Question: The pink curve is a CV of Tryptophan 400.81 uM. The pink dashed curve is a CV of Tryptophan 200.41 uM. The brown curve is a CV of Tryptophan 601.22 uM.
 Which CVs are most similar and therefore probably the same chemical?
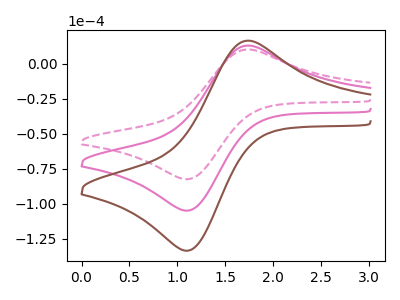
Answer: <think>The pink curve "Tryptophan 400.81 uM" has an anodic peak at (1.75V, 12.95uA) and a cathodic peak at (1.10V, -105.05uA). The pink dashed curve "Tryptophan 200.41 uM" has an anodic peak at (1.75V, 10.15uA) and a cathodic peak at (1.10V, -82.55uA). The brown curve "Tryptophan 601.22 uM" has an anodic peak at (1.75V, 25.90uA) and a cathodic peak at (1.10V, -210.10uA).
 All the peaks in "Tryptophan 400.81 uM" have a peak in "Tryptophan 200.41 uM" at the same potential. Every peak in "Tryptophan 400.81 uM" is higher than every peak in "Tryptophan 200.41 uM". All the peaks in "Tryptophan 400.81 uM" have a peak in "Tryptophan 601.22 uM" at the same potential. Every peak in "Tryptophan 400.81 uM" is lower than every peak in "Tryptophan 601.22 uM". All the peaks in "Tryptophan 200.41 uM" have a peak in "Tryptophan 601.22 uM" at the same potential. Every peak in "Tryptophan 200.41 uM" is lower than every peak in "Tryptophan 601.22 uM".</think>
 <answer>"Tryptophan 200.41 uM", "Tryptophan 400.81 uM" and "Tryptophan 601.22 uM" have the same shape and are likely CV's of the same chemical.</answer>
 <eval>"Tryptophan 200.41 uM" "Tryptophan 400.81 uM" "Tryptophan 601.22 uM"</eval>